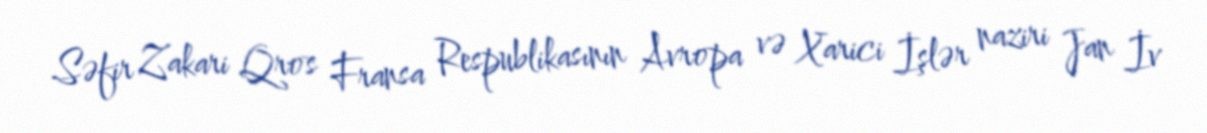
Səfir Zakari Qros Fransa Respublikasının Avropa və Xarici İşlər naziri Jan İv